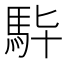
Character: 𩢈